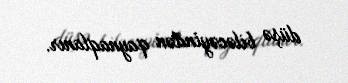
düşə biləcəyindən qaynaqlanır.